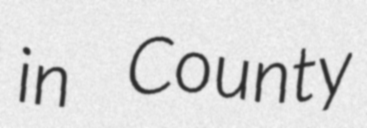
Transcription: in County